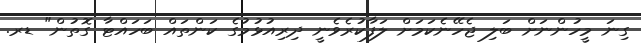
ގިނަ މީހުންނަށް ބަލި ޖެހޭނެކަމަށް ލަފާކުރެވެނީ ދިރިއުޅުމުގެ ކަންތައް ބަހައްޓާ ގޮތުން" ޑރ.